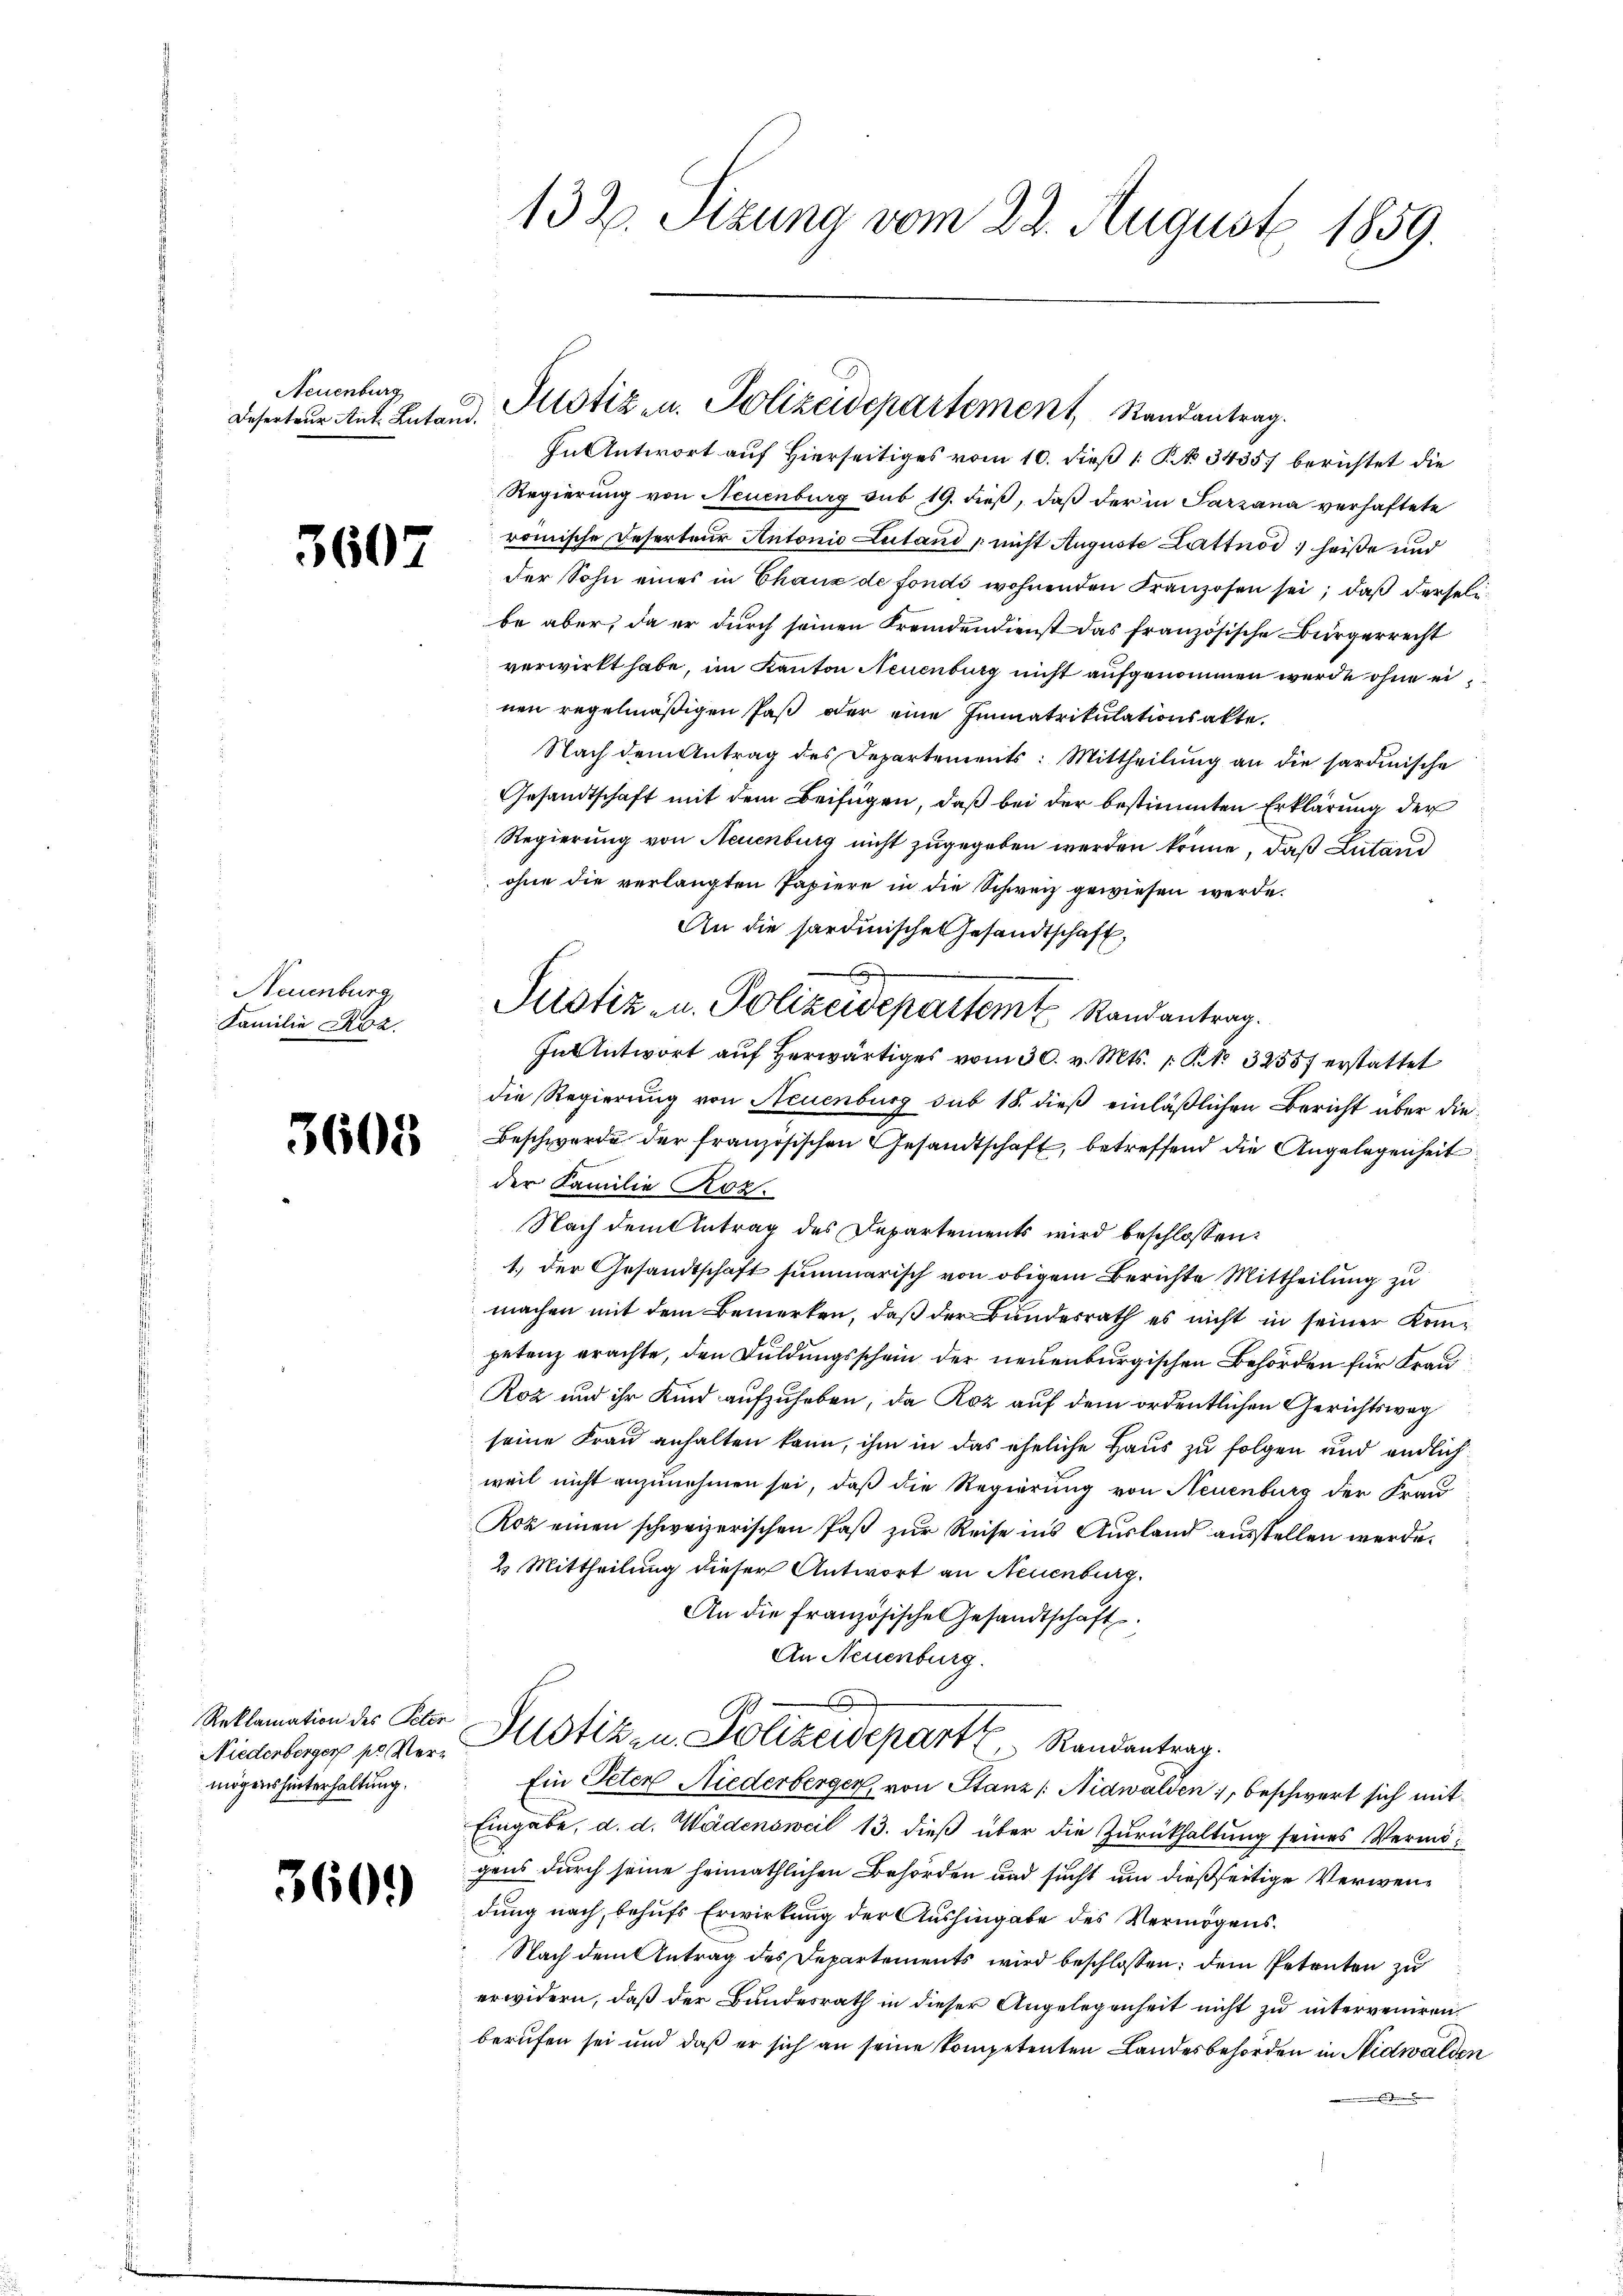
Neuenburg
6
Deserteur Ant. Lutand.

3607

Neuenburg
Familie Roz.

3608

Reklamation des Peter
Niederberger pr Vermögens hinterhaltung.

3609

132. Sizung vom 22. August 1859.

Justiz- u. Polizeidepartement, Randantrag.

In Antwort auf Hierseitiges vom 10. dieß 1 R. No. 3435) berichtet die
Regierung von Neuenburg sub 19. dieβ, daß der in Parzana verhaftete
römische Reserteur Antonio Lutand, nicht Auguste Lattnod heiße und
der Sohn eines in Chaux de fondi wohnenden Franzosen sei, daß derselbe aber, da er durch seinen Fremdendienst das französische Bürgerrecht
verwirkt habe, im Kanton Neuenburg nicht aufgenommen werde ohne ei
nen regelmäßigen Paß oder eine Immatrikulationsakte.
Nach dem Antrag des Departements: Mittheilung an die sardinische
Gesandtschaft mit dem Beifügen, daß bei der bestimmten Erklärung der
Regierung von Neuenburg nicht zugegeben werden könne, daß Lutand
ohne die verlangten Papiere in die Schweiz gewiesen werde.
An die sardinische Gesandtschaft,
Justiz- u. Polizeidepartem Randantrag.
In Antwort aŭf herwärtiges vom 30. v. Mts. 1 S. 32557 erstattet
die Regierung von Neuenburg sub 18. dieß einläßlichen Bericht über die
Beschwerde der französischen Gesandtschaft, betreffend die Angelegenheit
der Familie Roz.
Nach dem Antrag des Departements wird beschlossen:
1.) der Gesandtschaft summarisch von obigem Berichte Mittheilung zu
machen mit dem Bemerken, daß der Bundesrath es nicht in seiner Kompetenz erachte, den Duldungsschein der neuenburgischen Behörden für Frau
Roz und ihr Kind aufzuheben, da Roz auf dem ordentlichen Gerichtsweg
seine Frau anhalten kann, ihm in das eheliche Haus zu folgen und endlich
weil nicht anzunehmen sei, daß die Regierung von Neuenburg der Frau
Roz einen schweizerischen Paß zur Reise ins Ausland ausstellen werde.
2 Mittheilung dieser Antwort an Neuenburg.
An die französische Gesandtschaft
An Neuenburg.
2
Justiz zu Polizeidepart ( Randantrag.
Ein Peten Niederberger, von Stanz /: Nidwalden, beschwert sich mit
Eingabe, d. d. Wädensweil 13. dieß über die Zurückhaltung seines Vermögens durch seine heimathlichen Behörden und sucht um dießseitige Verwendung nach, behufs Erwirkung der Aushingabe des Vermögens¬
Nach dem Antrag des Departements wird beschlossen: dem Petenten zu
erwidern, daß der Bundesrath in dieser Angelegenheit nicht zu interveniren.
berufen sei und daß er sich an seine kompetenten Landesbehörden in Nidwalden